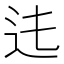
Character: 𨑞